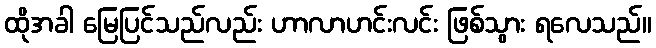
ထိုအခါ မြေပြင်သည်လည်း ဟာလာဟင်းလင်း ဖြစ်သွား ရလေသည်။